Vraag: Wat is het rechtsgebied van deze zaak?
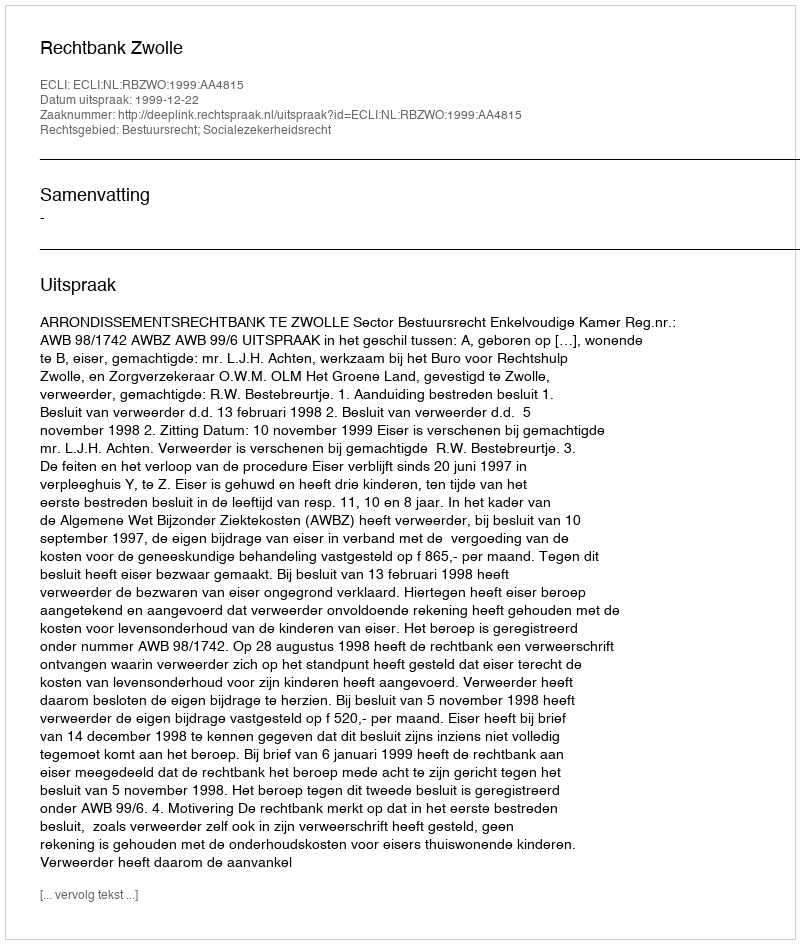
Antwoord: Bestuursrecht; Socialezekerheidsrecht